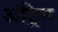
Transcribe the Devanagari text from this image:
अंट्रिम